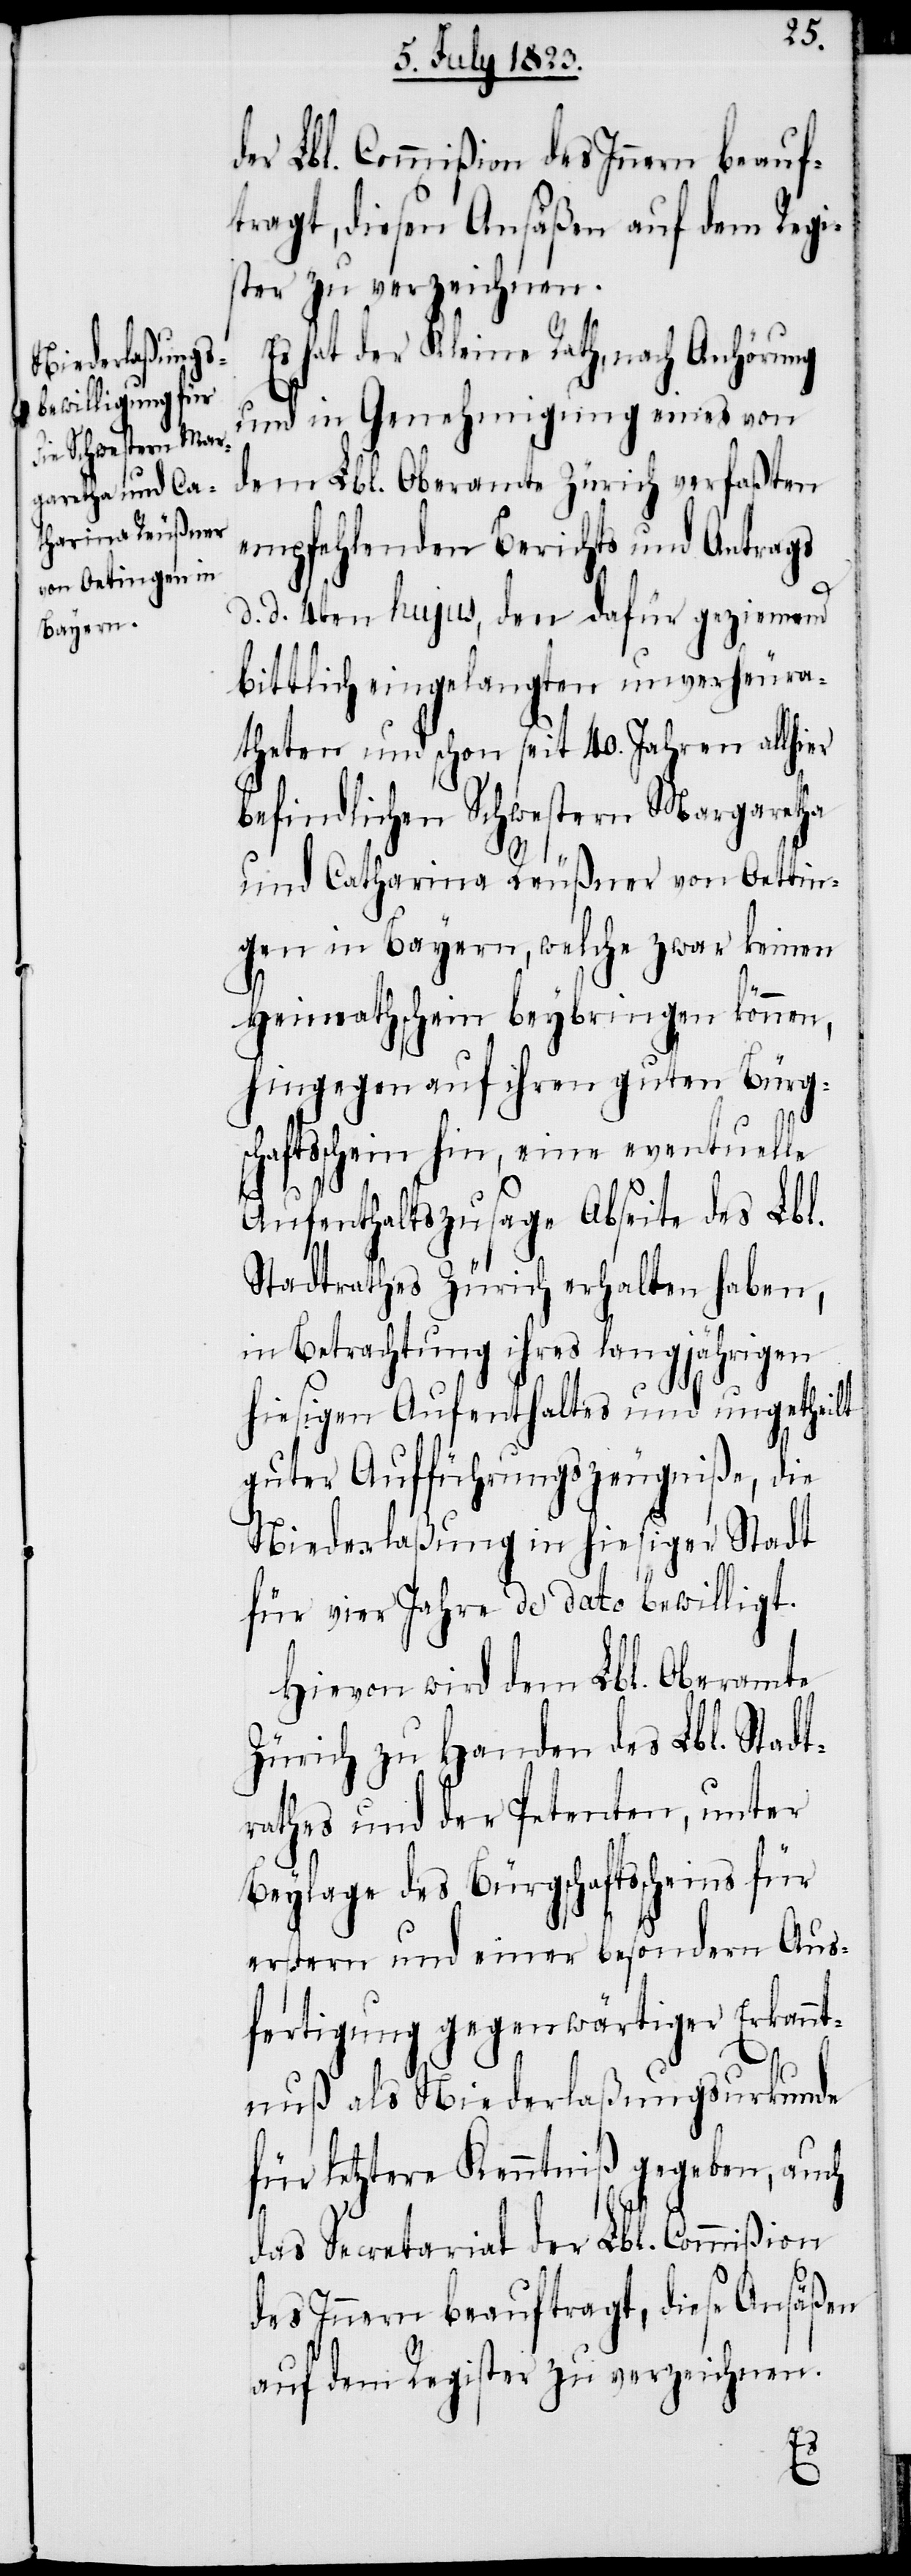
der Lbl. Commißion des Innern beauf¬
tragt, diesen Ansäßen auf dem Regi¬
ster zu verzeichnen.
Es hat der Kleine Rath, nach Anhörung
und in Genehmigung eines von
dem Lbl. Oberamte Zürich verfaßten
empfehlenden Berichts und Antrags
d. d. 4ten hujus, den dafür geziemend
bittlich eingelangten unverheura¬
theten und schon seit 40. Jahren allhier
befindlichen Schwestern Margaretha
und Catharina Reußner von Oettin¬
gen in Bayern, welche zwar keinen
Heimathschein beybringen können,
hingegen auf ihren guten Bürg¬
schaftsschein hin, eine eventuelle
Aufenthaltszusage Abseite des Lbl.
Stadtrathes Zürich erhalten haben,
in Betrachtung ihres langjährigen
hiesigen Aufenthaltes und ungetheilt
guter Aufführungszeugniße, die
Niederlaßung in hiesiger Stadt
für vier Jahre de dato bewilligt.
Hievon wird dem Lbl. Oberamte
Zürich zu Handen des Lbl. Stadt¬
rathes und der Petenten, unter
Beylage des Bürgschaftsscheins für
erstern und einer besondern Aus¬
fertigung gegenwärtiger Erkannt¬
nuß als Niederlaßungsurkunde
für letztere Kenntniß gegeben, auch
das Secretariat der Lbl. Commißion
des Innern beauftragt, diese Ansäßen
auf dem Register zu verzeichnen.